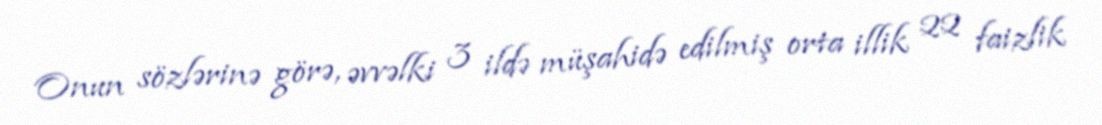
Onun sözlərinə görə, əvvəlki 3 ildə müşahidə edilmiş orta illik 22 faizlik